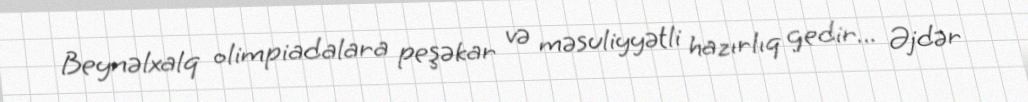
Beynəlxalq olimpiadalara peşəkar və məsuliyyətli hazırlıq gedir... Əjdər